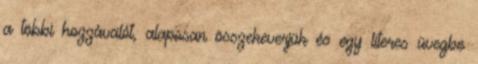
a többi hozzávalót, alaposan összekeverjük és egy literes üvegbe